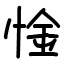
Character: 惍